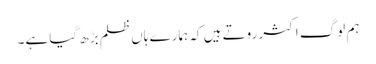
ہم لوگ اکثر روتے ہیں کہ ہمارے ہاں ظلم بڑھ گیا ہے۔